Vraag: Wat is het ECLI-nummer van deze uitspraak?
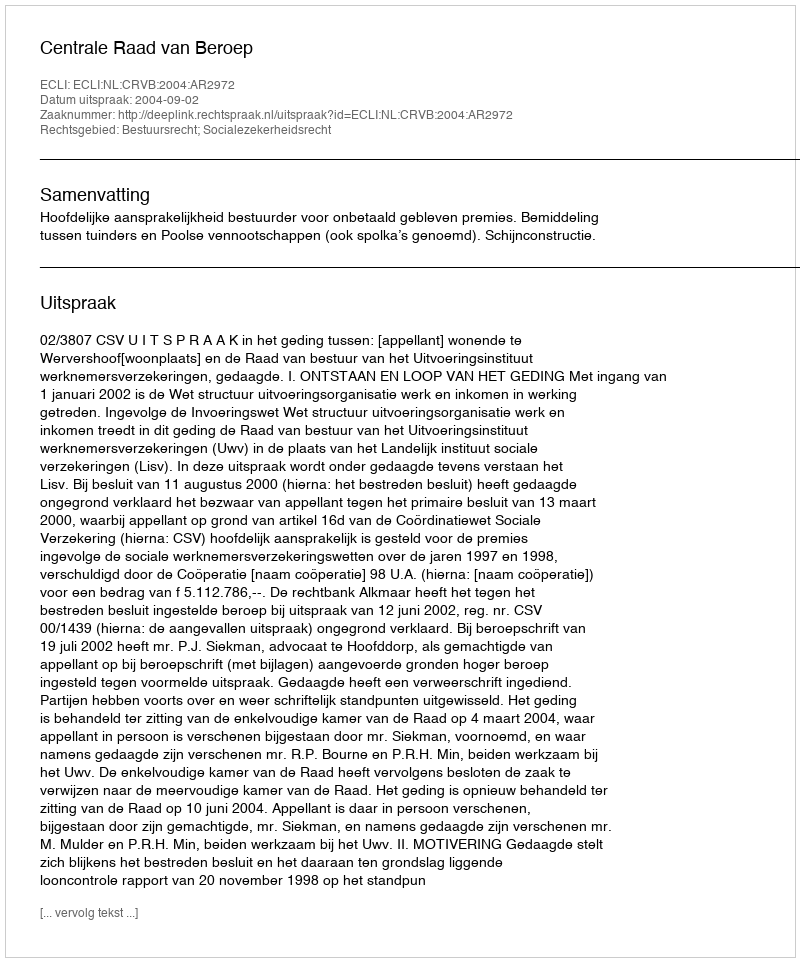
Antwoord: ECLI:NL:CRVB:2004:AR2972